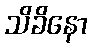
သိခိနော